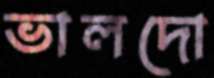
ভালদো